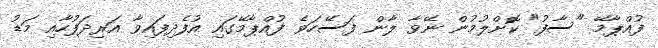
ފުއްޕާމޭ "ސާފު" ކޮށްލުމުން ނޭވާ ލާން ފަސޭހަވެ ފުއްޕާމޭގައި އުފެދިފައިވާ އަރިދަފުހާއި މަޑު